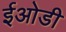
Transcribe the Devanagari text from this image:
ईओडी